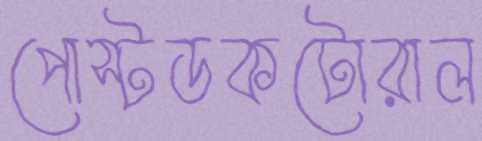
পোস্টডকটোরাল